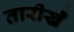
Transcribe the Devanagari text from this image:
तारीखेँ